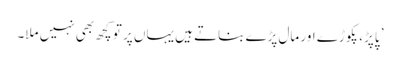
’ پاپڑ، پکوڑے اور مال پڑے بناتے ہیں یہاں پر تو کچھ بھی نہیں ملا۔